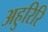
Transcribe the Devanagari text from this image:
अहुरिरि